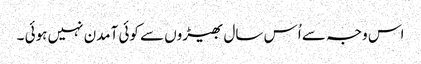
اس وجہ سے اُس سال بھیڑوں سے کوئی آمدن نہیں ہوئی ۔